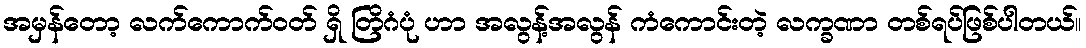
အမှန်တော့ လက်ကောက်ဝတ် ရှိ တြိဂံပုံ ဟာ အလွန့်အလွန် ကံကောင်းတဲ့ လက္ခဏာ တစ်ရပ်ဖြစ်ပါတယ်။